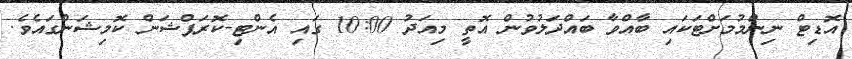
އޮޑިޓް ނިންމުމަށްޓަކައި ބާއްވާ ބައްދަލުވުން އޮތީ މިއަދު 10:00 ގައި އެންޓި-ކޮރަޕްޝަން ކޮމިޝަންގައެވެ.